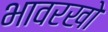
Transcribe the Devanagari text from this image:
भावरखो